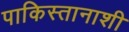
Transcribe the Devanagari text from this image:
पाकिस्तानाशी